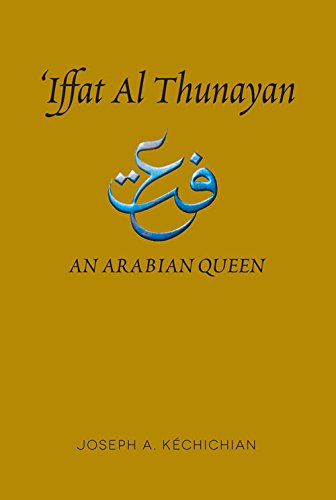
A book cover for EEIffat al Thunayan: An Arabian Queen; Joseph A. KÃ©chichian; Biographies & Memoirs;